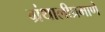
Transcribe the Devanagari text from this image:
ग्रंथालीप्रमाणे